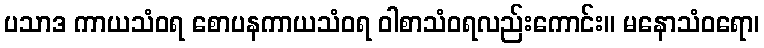
ပသာဒ ကာယသံဝရ စောပနကာယသံဝရ ဝါစာသံဝရလည်းကောင်း။ မနောသံဝရော၊